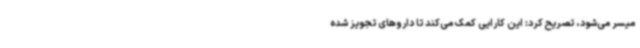
میسر می‌شود، تصریح کرد: این کارایی کمک می‌کند تا داروهای تجویز شده